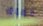
دعاك